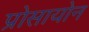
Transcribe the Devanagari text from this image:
प्रोसायोन